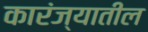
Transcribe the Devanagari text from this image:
कारंज्यातील